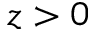
z > 0